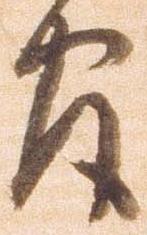
官